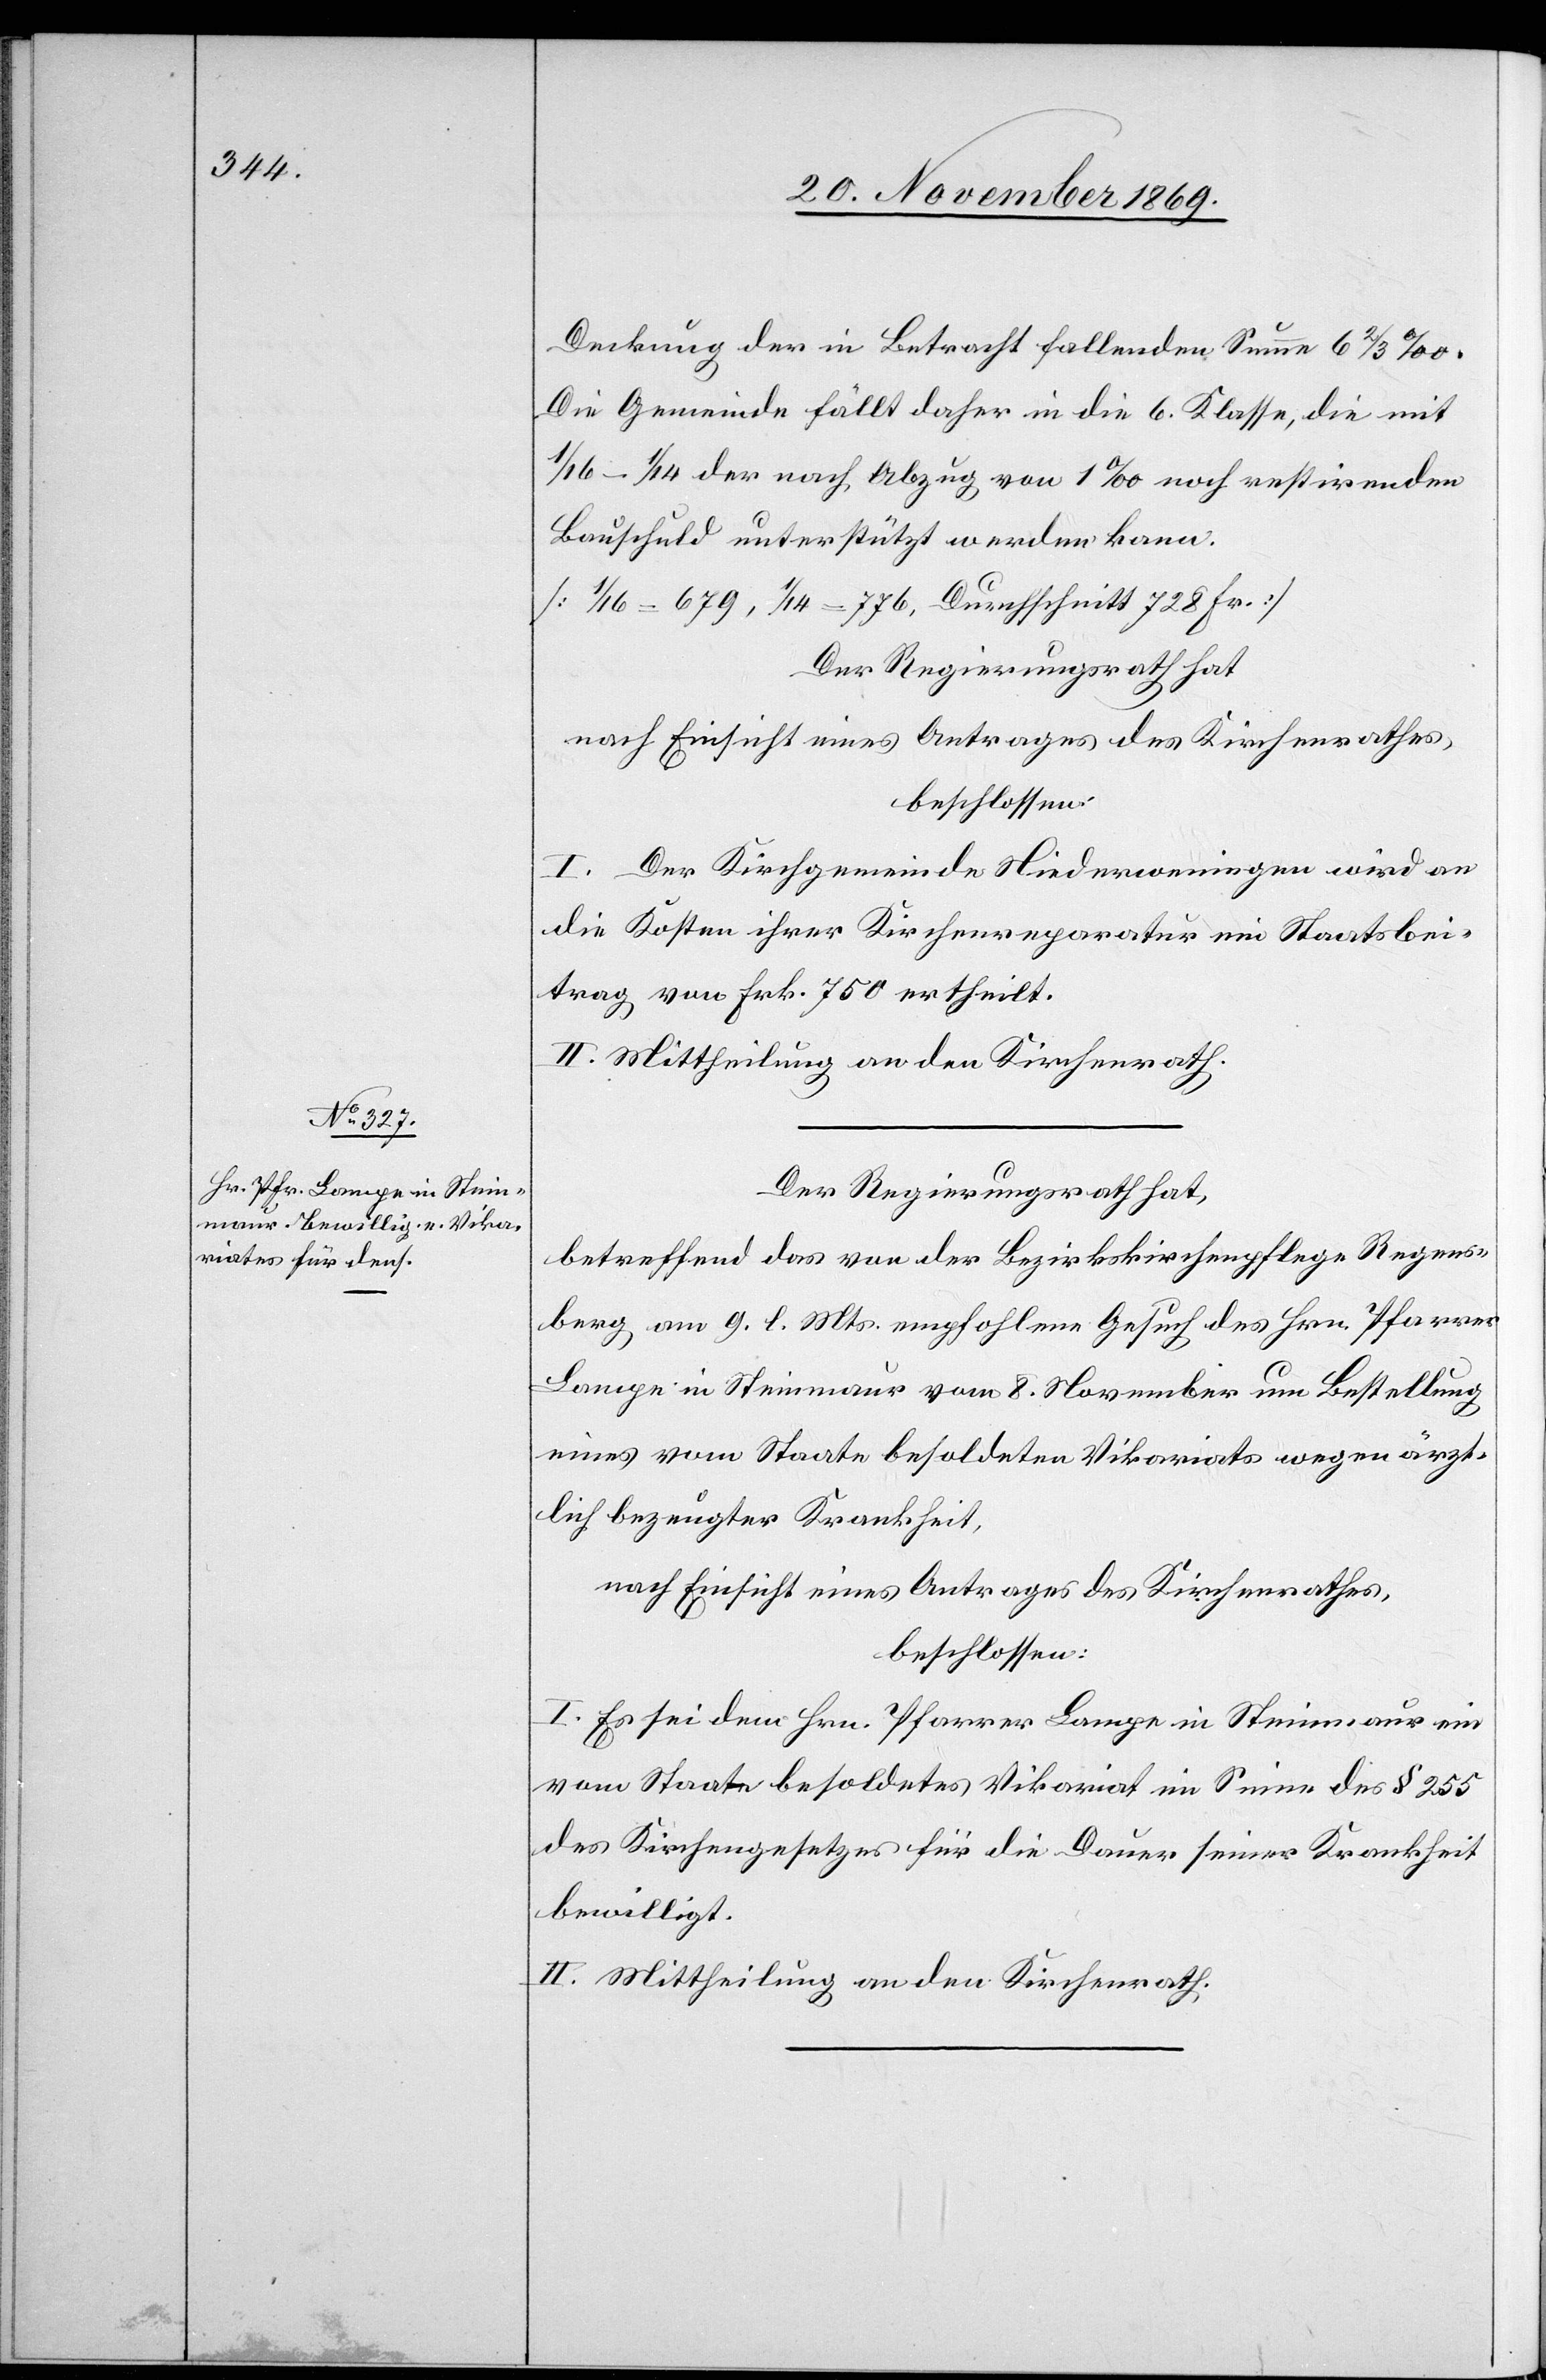
Die Gemeinde fällt daher in die 6. Klasse, die mit
1/16–1/14 der nach Abzug von 1‰ noch restirenden
Bauschuld unterstützt werden kann.
[1/16 = 679, 1/14 = 776, Durchschnitt 728 Fr.]
Der Regierungsrath hat
nach Einsicht eines Antrages des Kirchenrathes,
beschlossen:
I. Der Kirchgemeinde Niederweningen wird an
die Kosten ihrer Kirchenreparatur ein Staatsbei¬
trag von Frk. 750 ertheilt.
II. Mittheilung an den Kirchenrath.
Der Regierungsrath hat,
betreffend das von der Bezirkskirchenpflege Regens¬
berg am 9. l. Mts. empfohlene Gesuch des Hrn. Pfarrer
Lampe in Steinmaur vom 8. November um Bestellung
eines vom Staate besoldeten Vikariats wegen ärzt¬
lich bezeugter Krankheit,
nach Einsicht eines Antrages des Kirchenrathes,
beschlossen:
I. Es sei dem Hrn. Pfarrer Lampe in Steinmaur ein
vom Staate besoldetes Vikariat im Sinne des § 255
des Kirchengesetzes für die Dauer seiner Krankheit
bewilligt.
II. Mittheilung an den Kirchenrath.